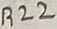
Text: R22